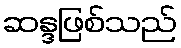
ဆန္ဒဖြစ်သည်